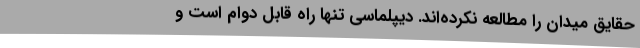
حقایق میدان را مطالعه نکرده‌اند. دیپلماسی تنها راه قابل دوام است و